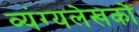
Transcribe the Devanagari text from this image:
व्यंग्यलेखकों